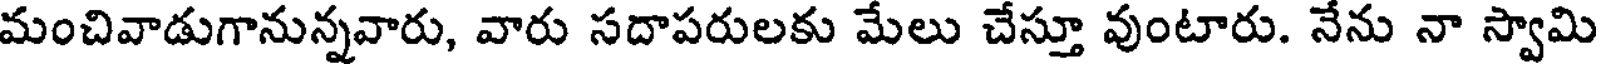
మంచివాడుగానున్నవారు, వారు సదాపరులకు మేలు చేస్తూ వుంటారు. నేను నా స్వామి